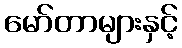
မော်တာများနှင့်